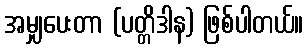
အမျှပေးတာ (ပတ္တိဒါန) ဖြစ်ပါတယ်။